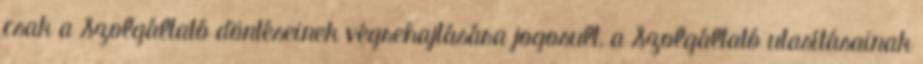
csak a Szolgáltató döntéseinek végrehajtására jogosult, a Szolgáltató utasításainak